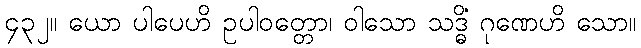
၄၃၂။ ယော ပါပေဟိ ဥပါဝတ္တော၊ ဝါသော သဒ္ဓိံ ဂုဏေဟိ သော။